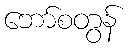
ဘော်စတွန်